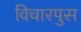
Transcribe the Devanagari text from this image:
विचारपुस